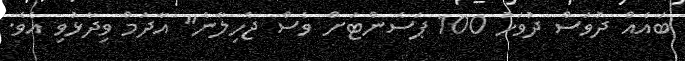
ބައެއް ދުވަސް ދުވަހު 100 ޕަސެންޓަށް ވެސް ޖެހިލާނެ" އާދަމް ވިދާޅުވި އެވެ.